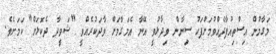
މަގާމުން އިސްތިއުފާދެއްވުމަށްފަހު ސިނާން ވިދާޅުވީ އޭނާ އެމަގާމަށް ވާދަކުރެއްވީ "ޝަވީދާ ދެކޮޅަށް" ކަމަށެވެ.